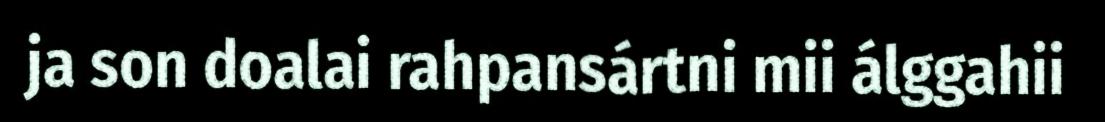
ja son doalai rahpansártni mii álggahii